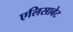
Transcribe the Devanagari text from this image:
एलिसाबेट